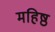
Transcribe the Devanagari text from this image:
महिष्ठ